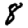
Digit: 8